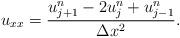
LaTeX: \begin{align*}u_{xx} = \dfrac{u^n_{j+1}-2u^n_j+u^n_{j-1}}{\Delta x^2}.\end{align*}